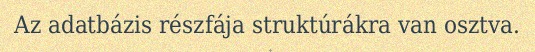
Az adatbázis részfája struktúrákra van osztva.